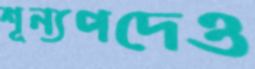
শূন্যপদেও